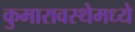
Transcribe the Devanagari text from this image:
कुमारावस्थेमध्ये